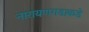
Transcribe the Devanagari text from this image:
नारायणगडाकडे